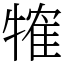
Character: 㹊